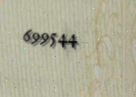
699544